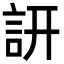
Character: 訮